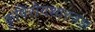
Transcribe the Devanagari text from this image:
कृषिरोगशास्त्रज्ञ